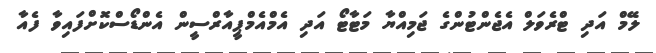
ލޭމް އަދި ޓްރެވަލް އެޖެންޓުންގެ ޖަމިއްޔާ މަޓާޓޯ އަދި އެމްއެމްޕީއާރްސީން އެންޑޯސްކޮށްފައިވާ ފެއާ